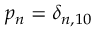
p _ { n } = \delta _ { n , 1 0 }